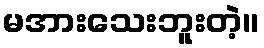
မအားသေးဘူးတဲ့။